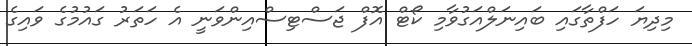
މިދިޔަ ހަފްތާގައި ބައިނަލްއަގުވާމި ކޯޓް އޮފް ޖަސްޓިސްއިންވަނީ އެ ހަތަރު ގައުމުގެ ވައިގެ